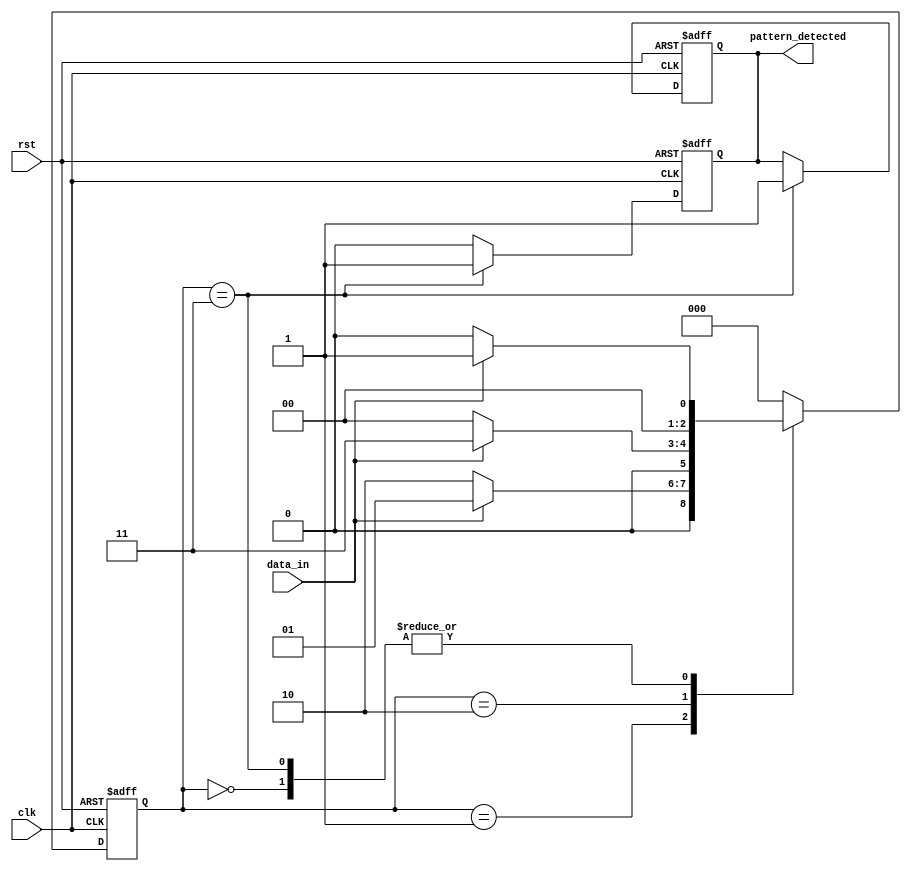
module pattern_detector (
    input wire clk,          // Clock signal
    input wire rst,          // Reset signal
    input wire data_in,      // Input data signal
    output reg pattern_detected // Output signal indicating pattern detected
);

// State encoding for 3 flip-flops (for detecting "101")
reg [2:0] state; // Current state of the detector

// State definitions
localparam S0 = 3'b000; // Initial state
localparam S1 = 3'b001; // Detected "1"
localparam S2 = 3'b010; // Detected "10"
localparam S3 = 3'b011; // Detected "101" (pattern detected)

// Sequential logic for state transition on clock edge
always @(posedge clk or posedge rst) begin
    if (rst) begin
        state <= S0; // Reset to initial state
        pattern_detected <= 1'b0; // Clear pattern detected
    end else begin
        case (state)
            S0: begin
                if (data_in) begin
                    state <= S1; // Move to state S1 when input is 1
                end else begin
                    state <= S0; // Remain in state S0
                end
            end
            S1: begin
                if (~data_in) begin
                    state <= S2; // Move to state S2 when input is 0
                end else begin
                    state <= S1; // Stay in state S1 if input is still 1
                end
            end
            S2: begin
                if (data_in) begin
                    state <= S3; // Move to state S3 when input is 1
                end else begin
                    state <= S0; // Reset to state S0 if input is 0
                end
            end
            S3: begin
                pattern_detected <= 1'b1; // Pattern "101" detected
                if (data_in) begin
                    state <= S1; // If input is 1, move to state S1
                end else begin
                    state <= S0; // Reset to state S0 if input is 0
                end
            end
            default: begin
                state <= S0; // Default to initial state
            end
        endcase
    end
end

// Reset pattern_detected when a new pattern is detected
always @(posedge clk or posedge rst) begin
    if (rst) begin
        pattern_detected <= 1'b0; // Clear pattern detected on reset
    end else if (state == S3) begin
        pattern_detected <= 1'b1; // Assert pattern detected
    end else begin
        pattern_detected <= 1'b0; // Clear if not in state S3
    end
end

endmodule